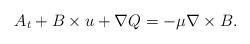
LaTeX: \begin{align*}\begin{aligned}A_{t}+B\times u+\nabla Q&=-\mu \nabla \times B.\end{aligned}\end{align*}